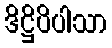
ဒိဋ္ဌိပိပါသာ